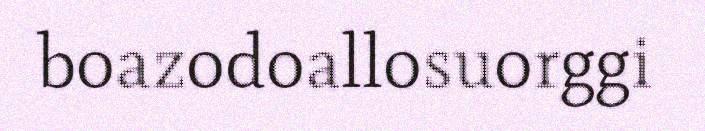
boazodoallosuorggi